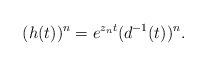
LaTeX: \begin{align*}(h(t))^n = e^{z_n t} (d^{-1}(t))^n.\end{align*}